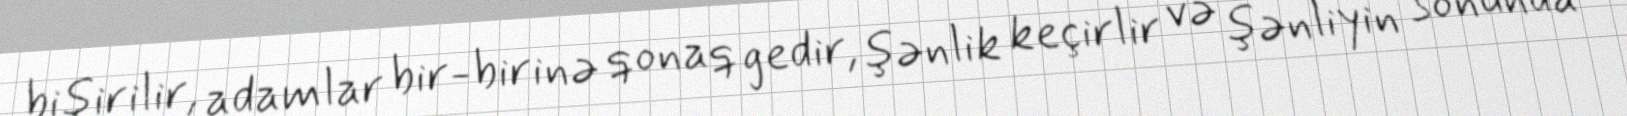
bişirilir, adamlar bir-birinə qonaq gedir, şənlik keçirlir və şənliyin sonunda